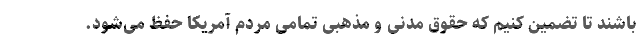
باشند تا تضمین کنیم که حقوق مدنی و مذهبی تمامی مردم آمریکا حفظ می‌شود.